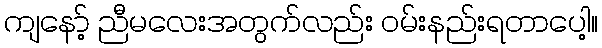
ကျနော့် ညီမလေးအတွက်လည်း ဝမ်းနည်းရတာပေါ့။